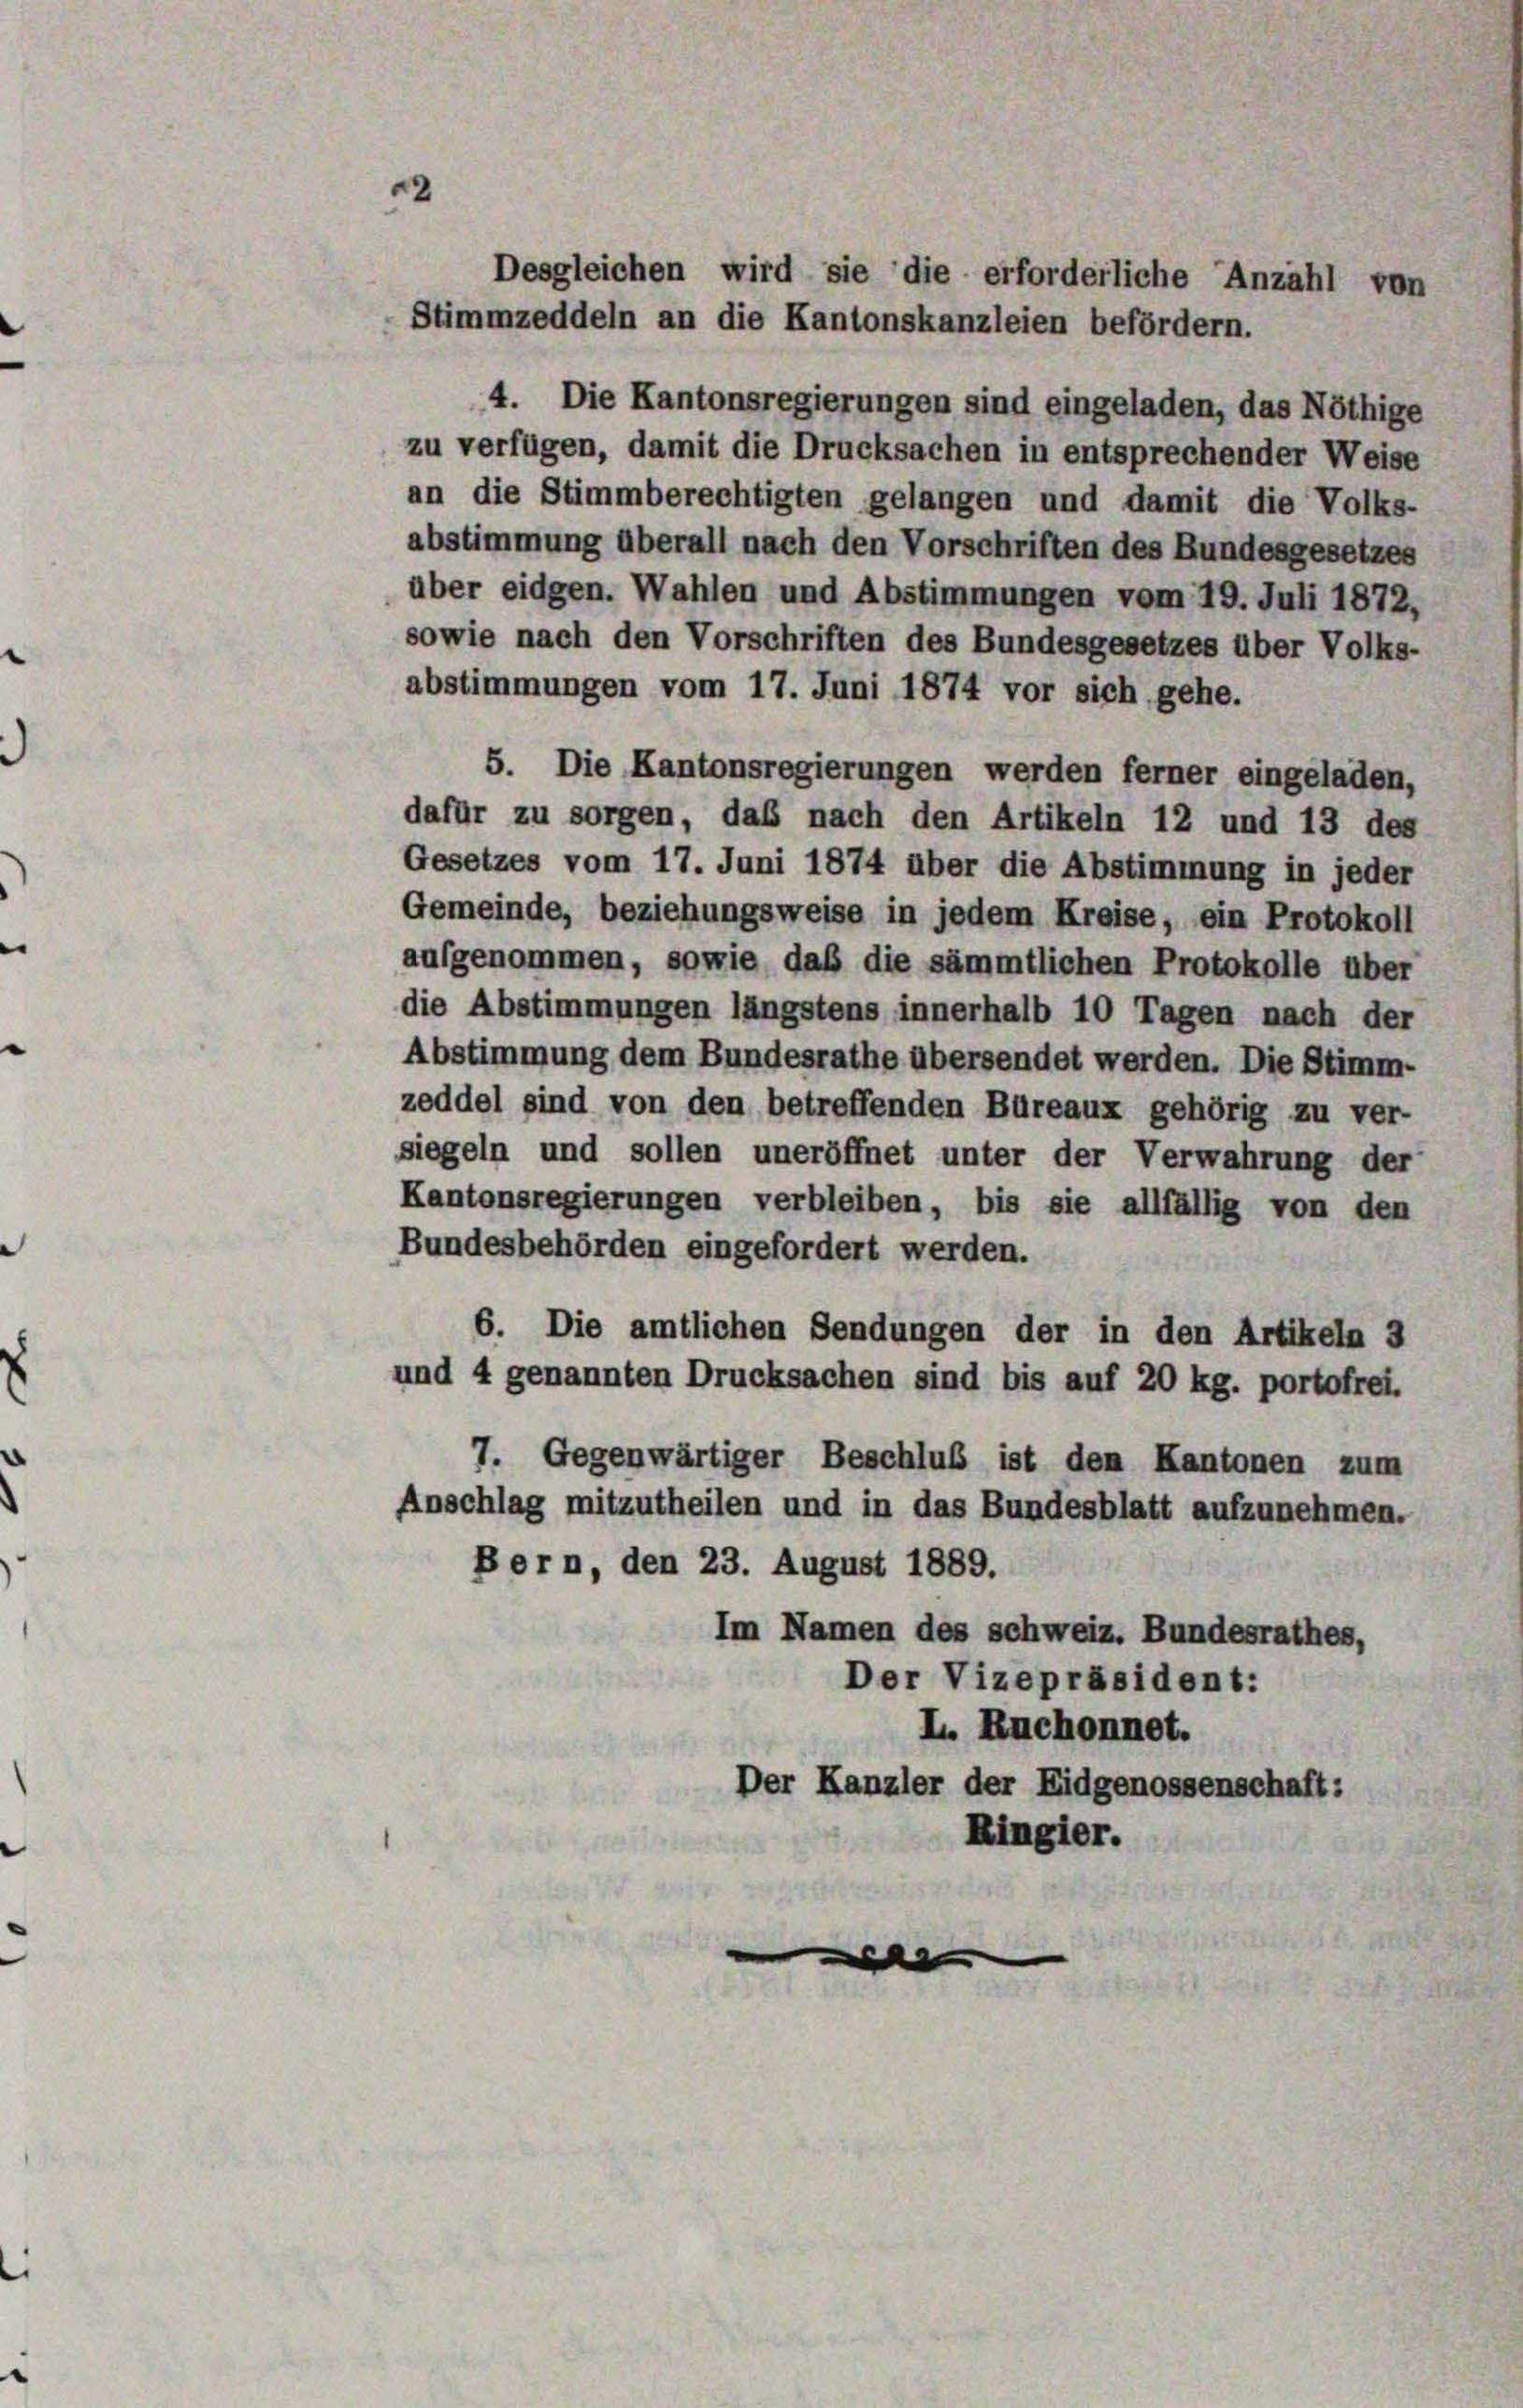
Desgleichen wird sie die erforderliche Anzahl von
Stimmzeddeln an die Kantonskanzleien befördern.

2

4. Die Kantonsregierungen sind eingeladen, das Nöthige
zu verfügen, damit die Drucksachen in entsprechender Weise
an die Stimmberechtigten gelangen und damit die Volks-
abstimmung überall nach den Vorschriften des Bundesgesetzes
über eidgen. Wahlen und Abstimmungen vom 19. Juli 1872,
sowie nach den Vorschriften des Bundesgesetzes über Volks-
abstimmungen vom 17. Juni 1874 vor sich gehe.
5. Die Kantonsregierungen werden ferner eingeladen,
dafür zu sorgen, daß nach den Artikeln 12 und 13 des
Gesetzes vom 17. Juni 1874 über die Abstimmung in jeder
Gemeinde, beziehungsweise in jedem Kreise, ein Protokoll
aufgenommen, sowie daß die sämmtlichen Protokolle über
die Abstimmungen längstens innerhalb 10 Tagen nach der
Abstimmung dem Bundesrathe übersendet werden. Die Stimm-
zeddel sind von den betreffenden Büreaux gehörig zu ver-
siegeln und sollen uneröffnet unter der Verwahrung der
Kantonsregierungen verbleiben, bis sie allfällig von den
Bundesbehörden eingefordert werden.
6. Die amtlichen Sendungen der in den Artikeln 3
und 4 genannten Drucksachen sind bis auf 20 kg. portofrei.
7. Gegenwärtiger Beschluß ist den Kantonen zum
Anschlag mitzutheilen und in das Bundesblatt aufzunehmen.
Bern, den 23. August 1889.
Im Namen des schweiz. Bundesrathes,
Der Vizepräsident:
L. Ruchonnet.
Der Kanzler der Eidgenossenschaft:
Ringier.
a